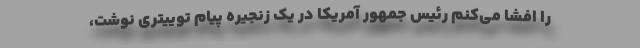
را افشا می‌کنم رئیس جمهور آمریکا در یک زنجیره پیام توییتری نوشت،